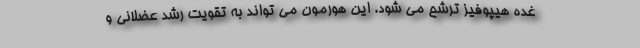
غده هیپوفیز ترشح می شود. این هورمون می تواند به تقویت رشد عضلانی و